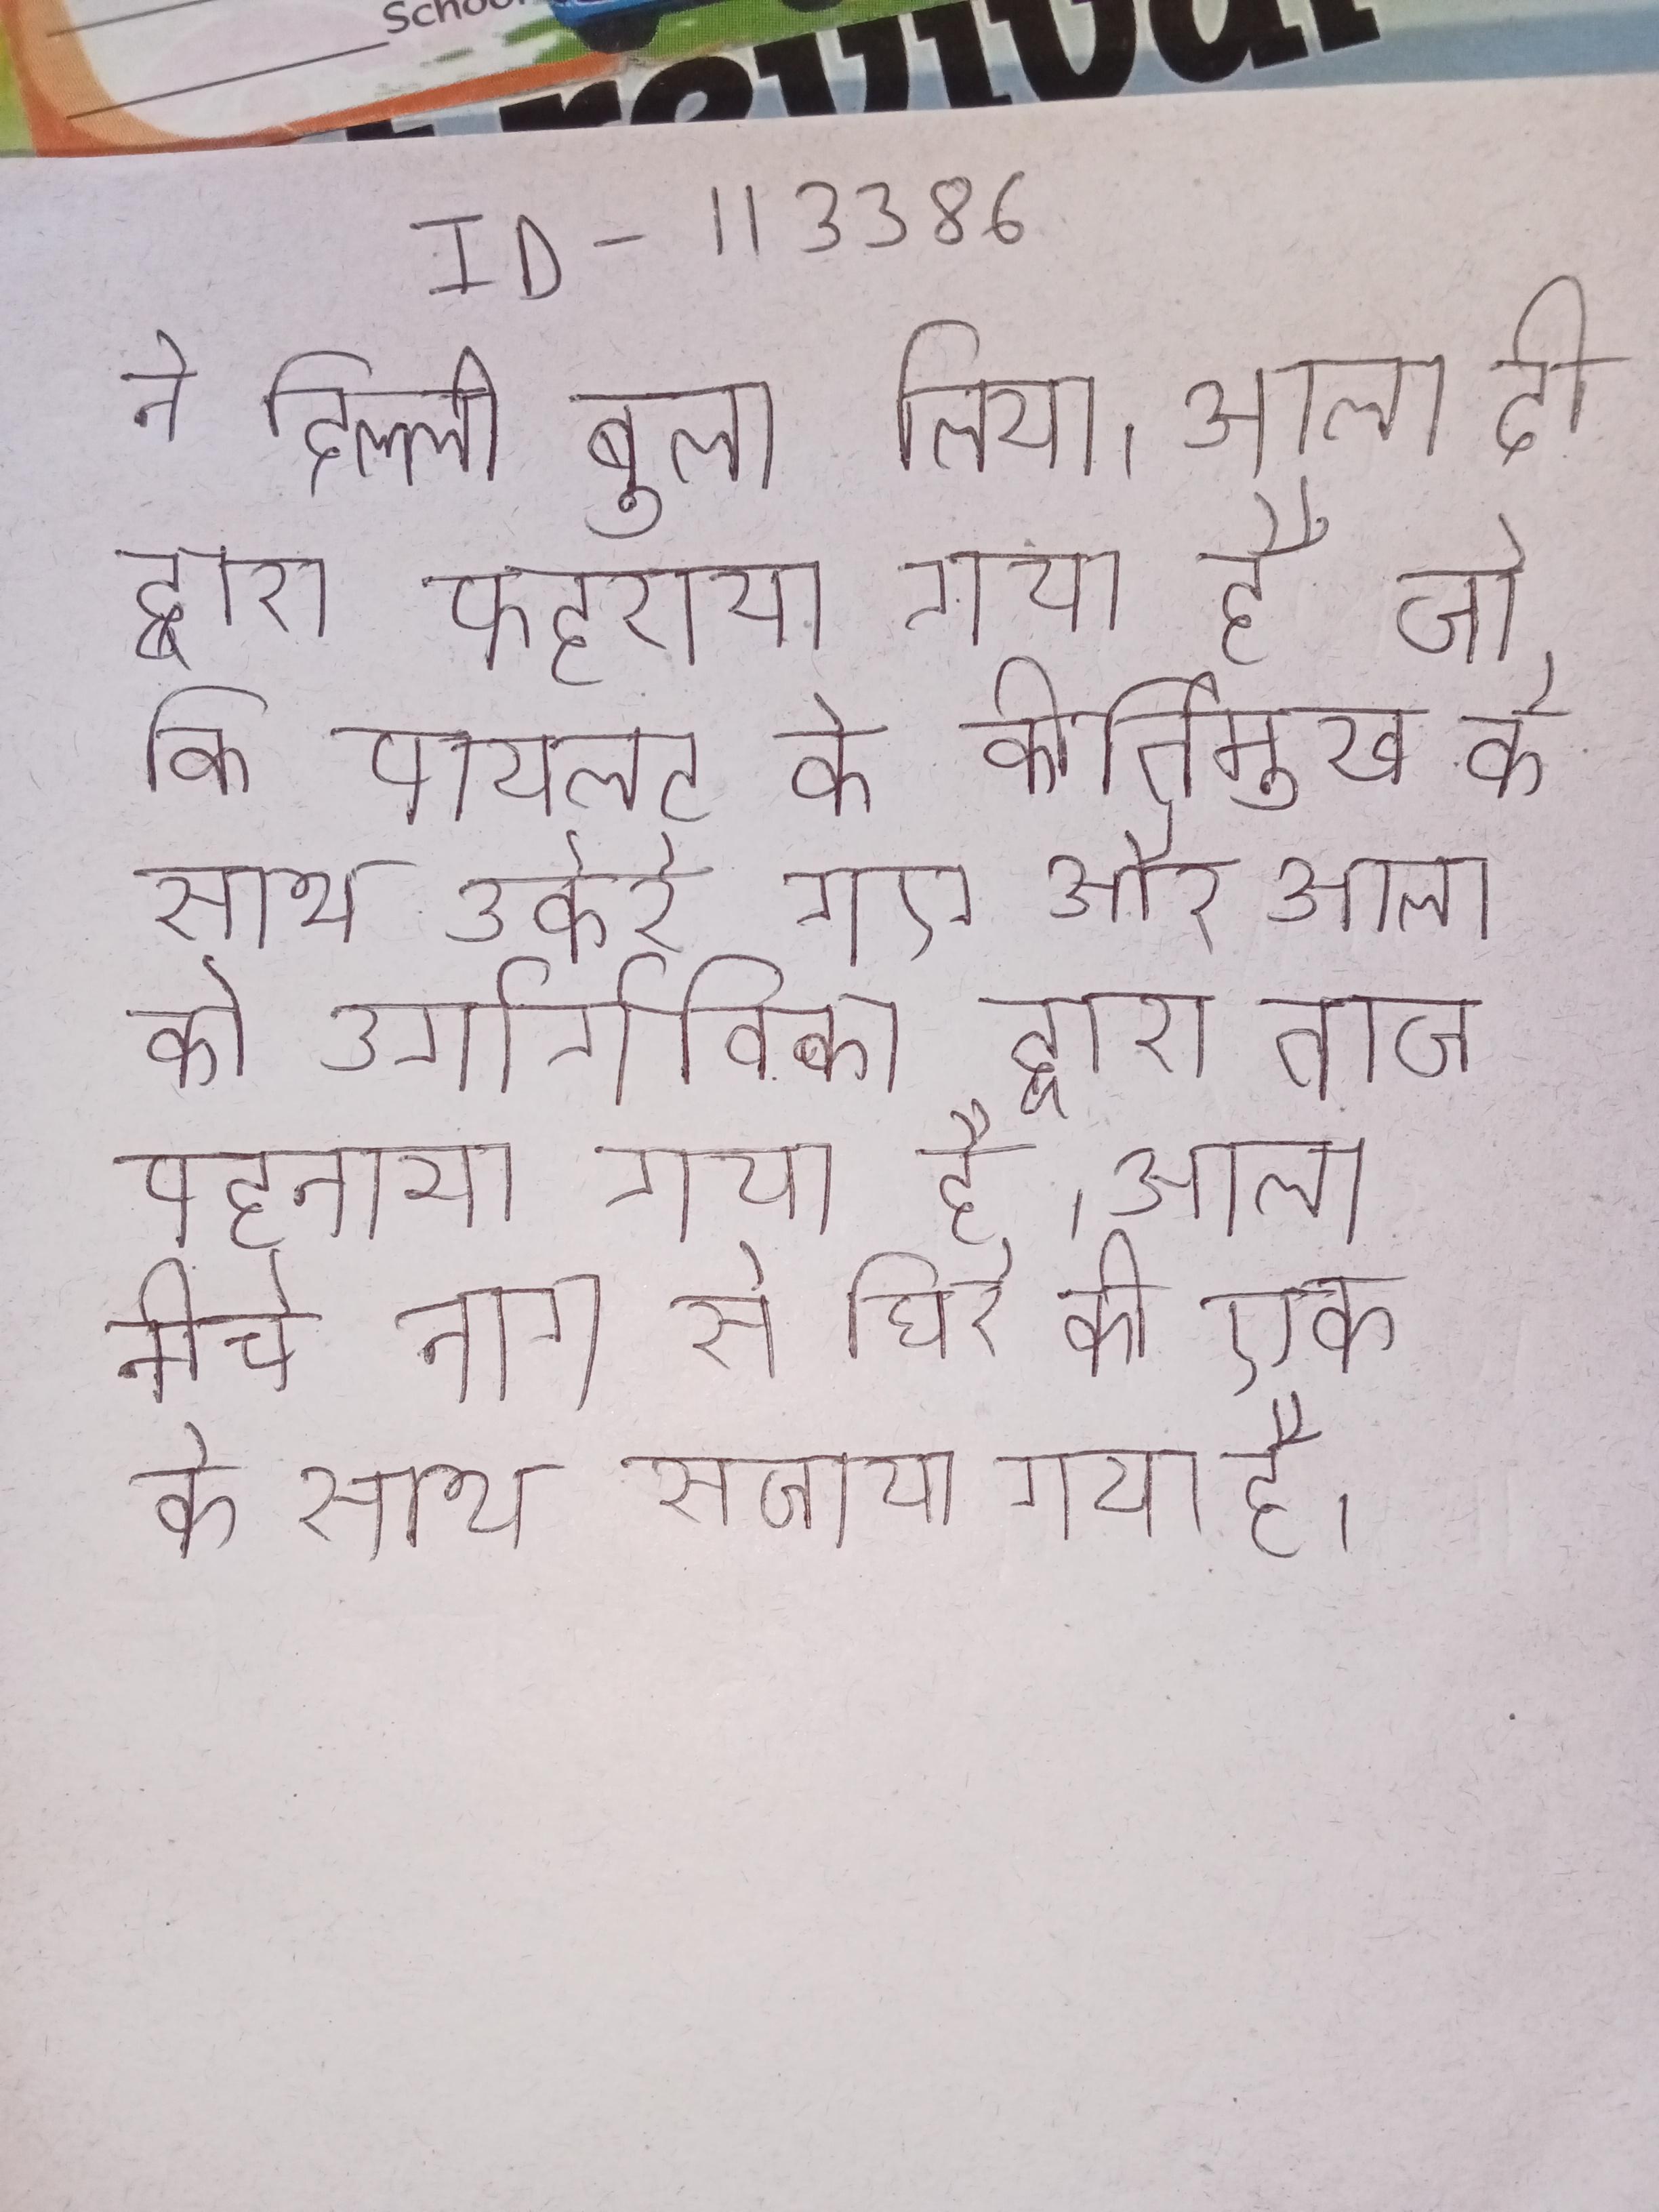
ने दिल्ली बुला लिया । आला दो द्वारा फहराया गया है जो कि पायलट के कीर्तिमुख के साथ उकेरे गए और आला को उर्गार्गविका द्वारा ताज पहनाया गया है । आला नीचे नाग से घिरे की एक के साथ सजाया गया है ।